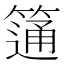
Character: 𥲆